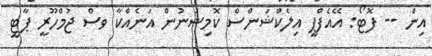
އިން -- ފޮޓޯ: އޭއެފްޕީ އިލެކްޝަންސް ކޮމިޝަނުން އަނެއްކާ ވސް ޖުމްހޫރީ ޕާޓީ